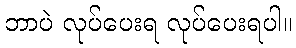
ဘာပဲ လုပ်ပေးရ လုပ်ပေးရပါ။